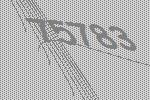
75783